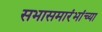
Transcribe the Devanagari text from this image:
सभासमारंभांच्या